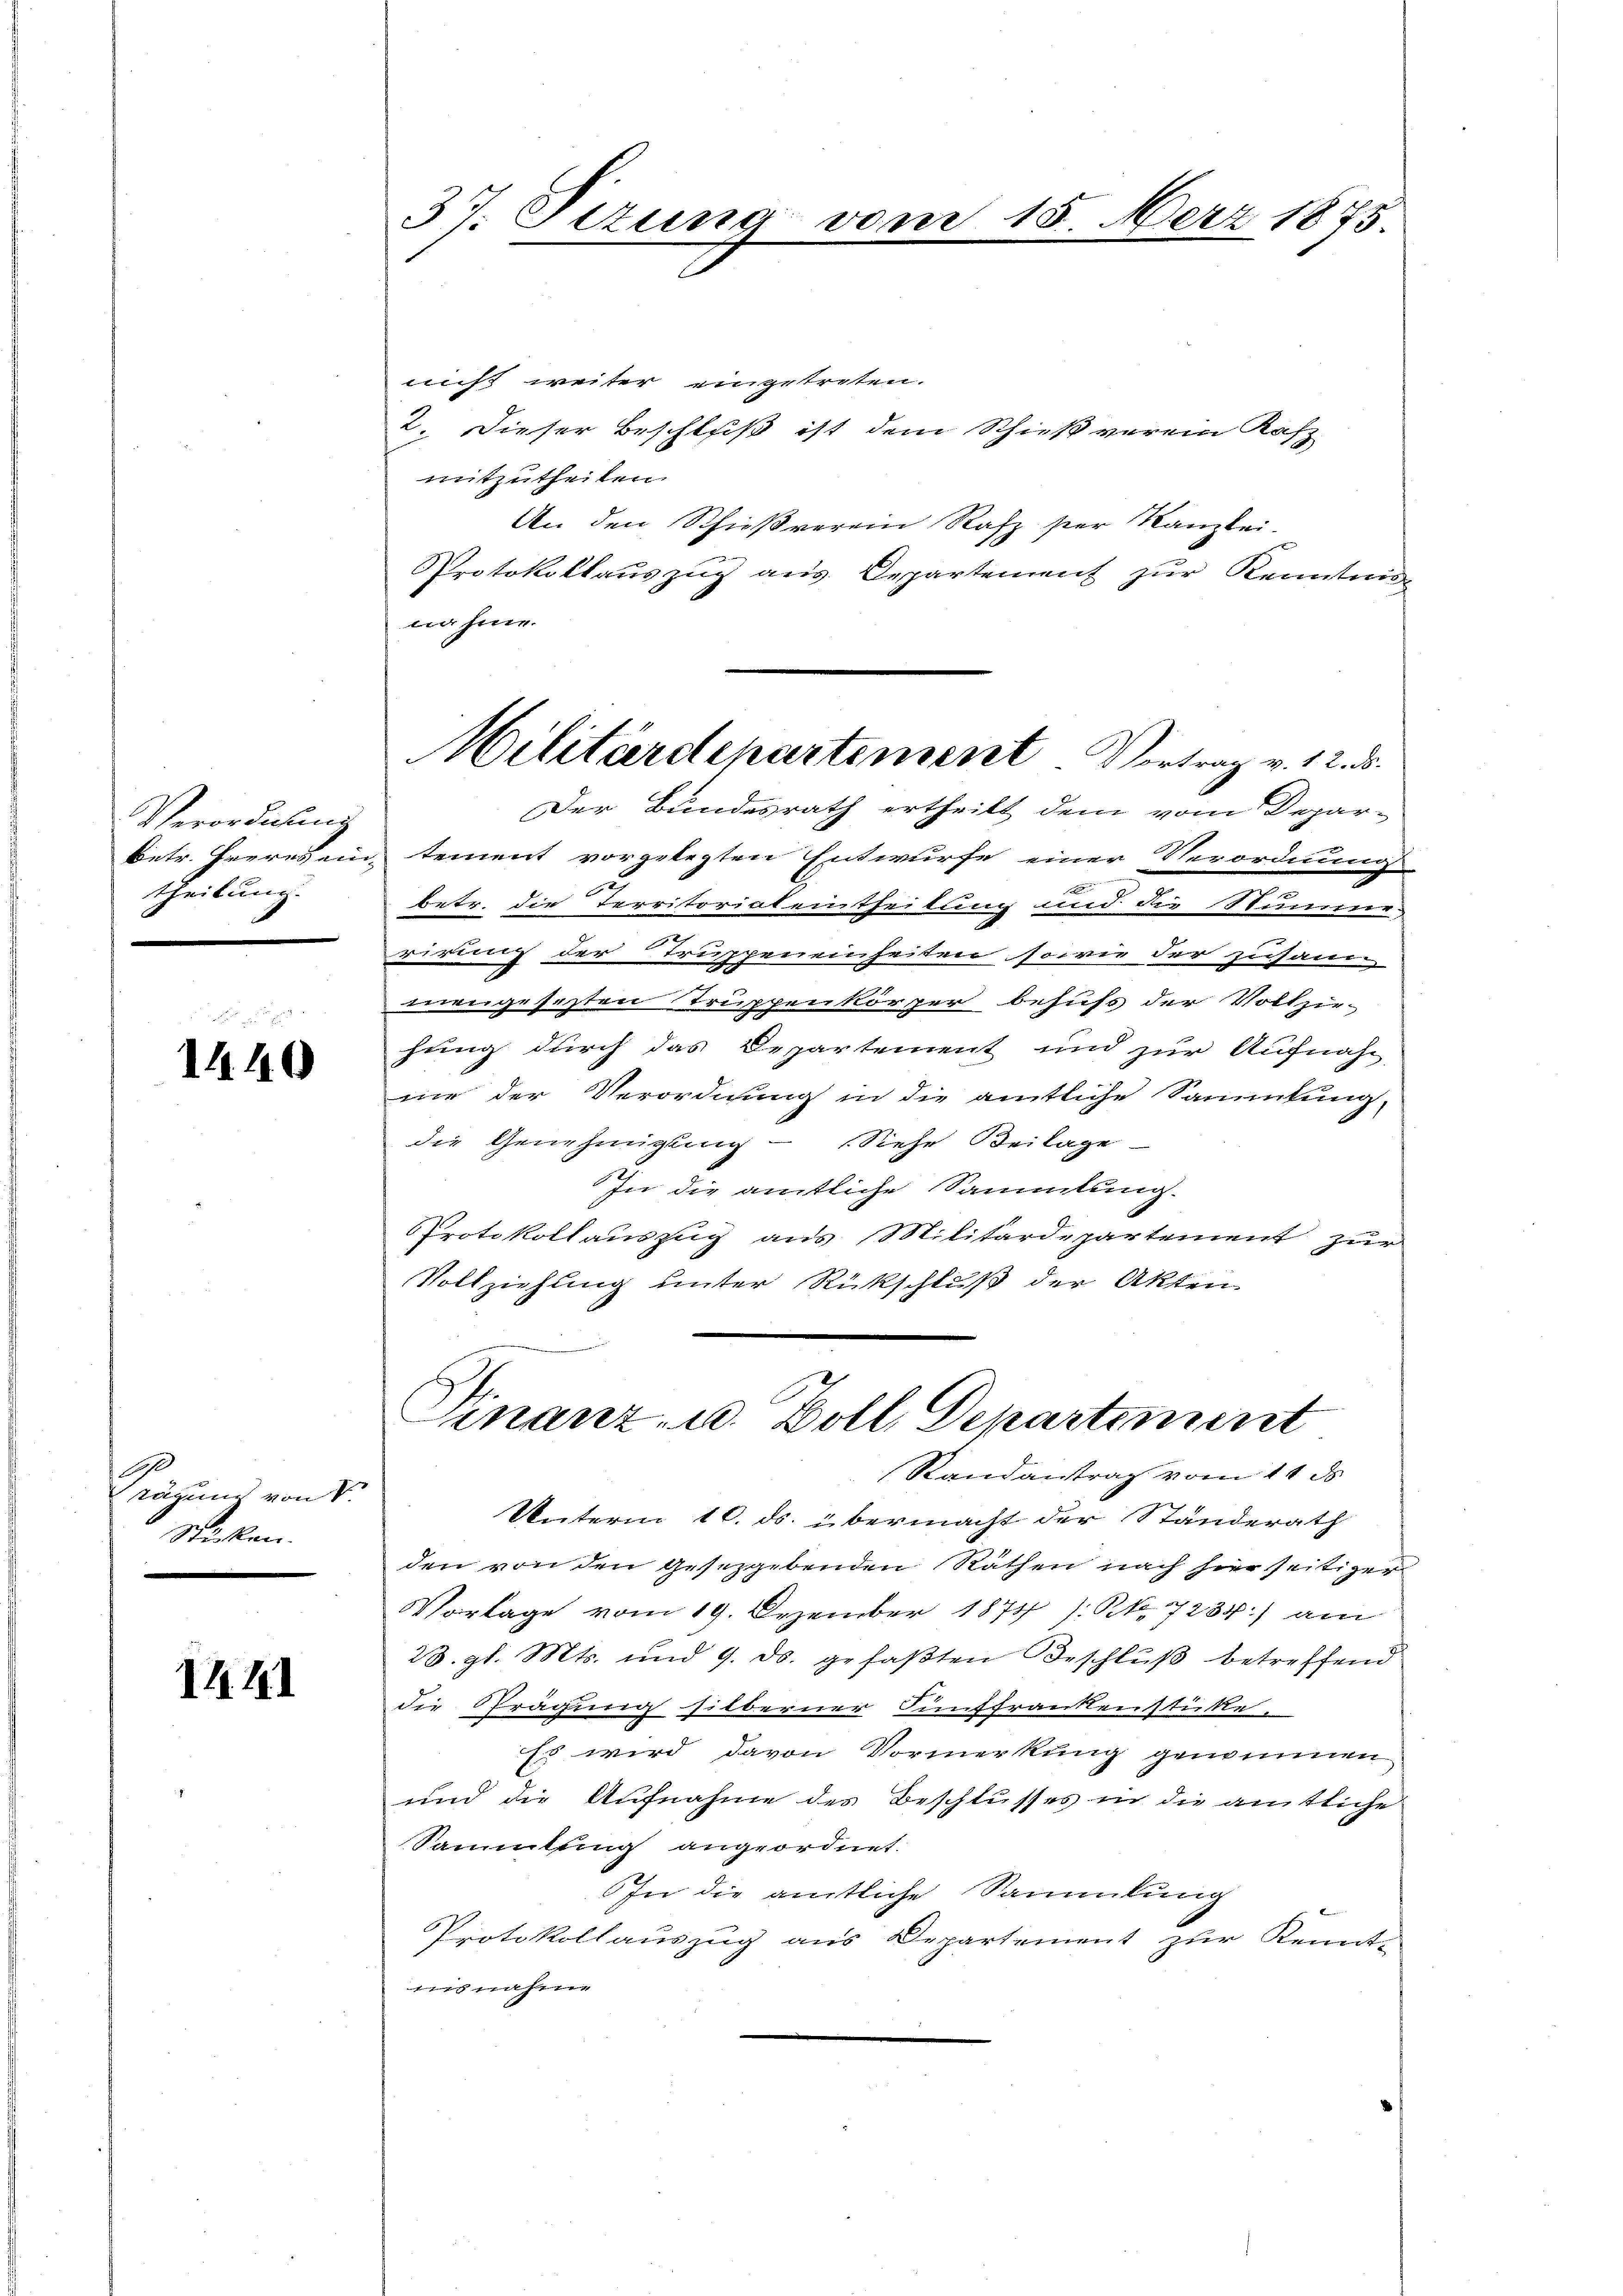
Verordnung
betr. Herres ein
theilung.
—

1440

Präzun von S.
Stücken.

14. 141

37. Sitzung vor

nicht weiter eingetreten.
2. Dieser Beschluß ist dem Schieß verein Rafz
mitzutheilen.
An den Schießverein Rafz per Kanzlei-
Protokollauszug aus Departement zur Kenntni
nahme.
Der Bundesrath ertheilt dem vom Depar-
tement vorgelegten Entwurfe einer Verordnung
betr. die Territoriat eintheilung und die Stumme
rirung der Truppeneinheiten sowie der zusann
mangesetzten Truppenkörper behufs der Vollzie-
hung durch das Departement und zur Aufnah-
mie der Verordnung in die amtliche Sammlung,
die Genehmigung - Siehe Beilage
In die amtliche Sammlung.
Protokollauszug aus Militärdepartement zur
Vollziehung unter Rückschluß der Akten
geigen
Finanz- u. Zoll, Departement
Randantrag vom 14. ds.
Unterm 10. ds. übermacht der Ständerath
den von den gesetzgebenden Räthen nach hierseitiger
Vorlage vom 19. Dezember 1874 /: Rt. 7234) am
23. gl. Mts. und 9. ds. gefaβten Beschlŭβ betreffend
die Prägung silberner Fünffrankensstücke.
Es wird davon Vormerkung genommen
und die Aufnahme des Beschlusses in die amtliche
Sammlung angeordnet.
In die amtliche Sammlung
Protokollauszug aus Departement zur Kennt-
iisnahme

Militärdepartement. Vortrag v. 12. ds.

15. Merz 1875.